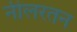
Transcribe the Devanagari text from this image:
नीलरतन